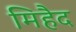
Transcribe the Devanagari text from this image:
मिहैद